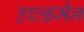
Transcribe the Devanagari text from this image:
हाल्डमैन